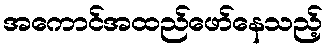
အကောင်အထည်ဖော်နေသည့်